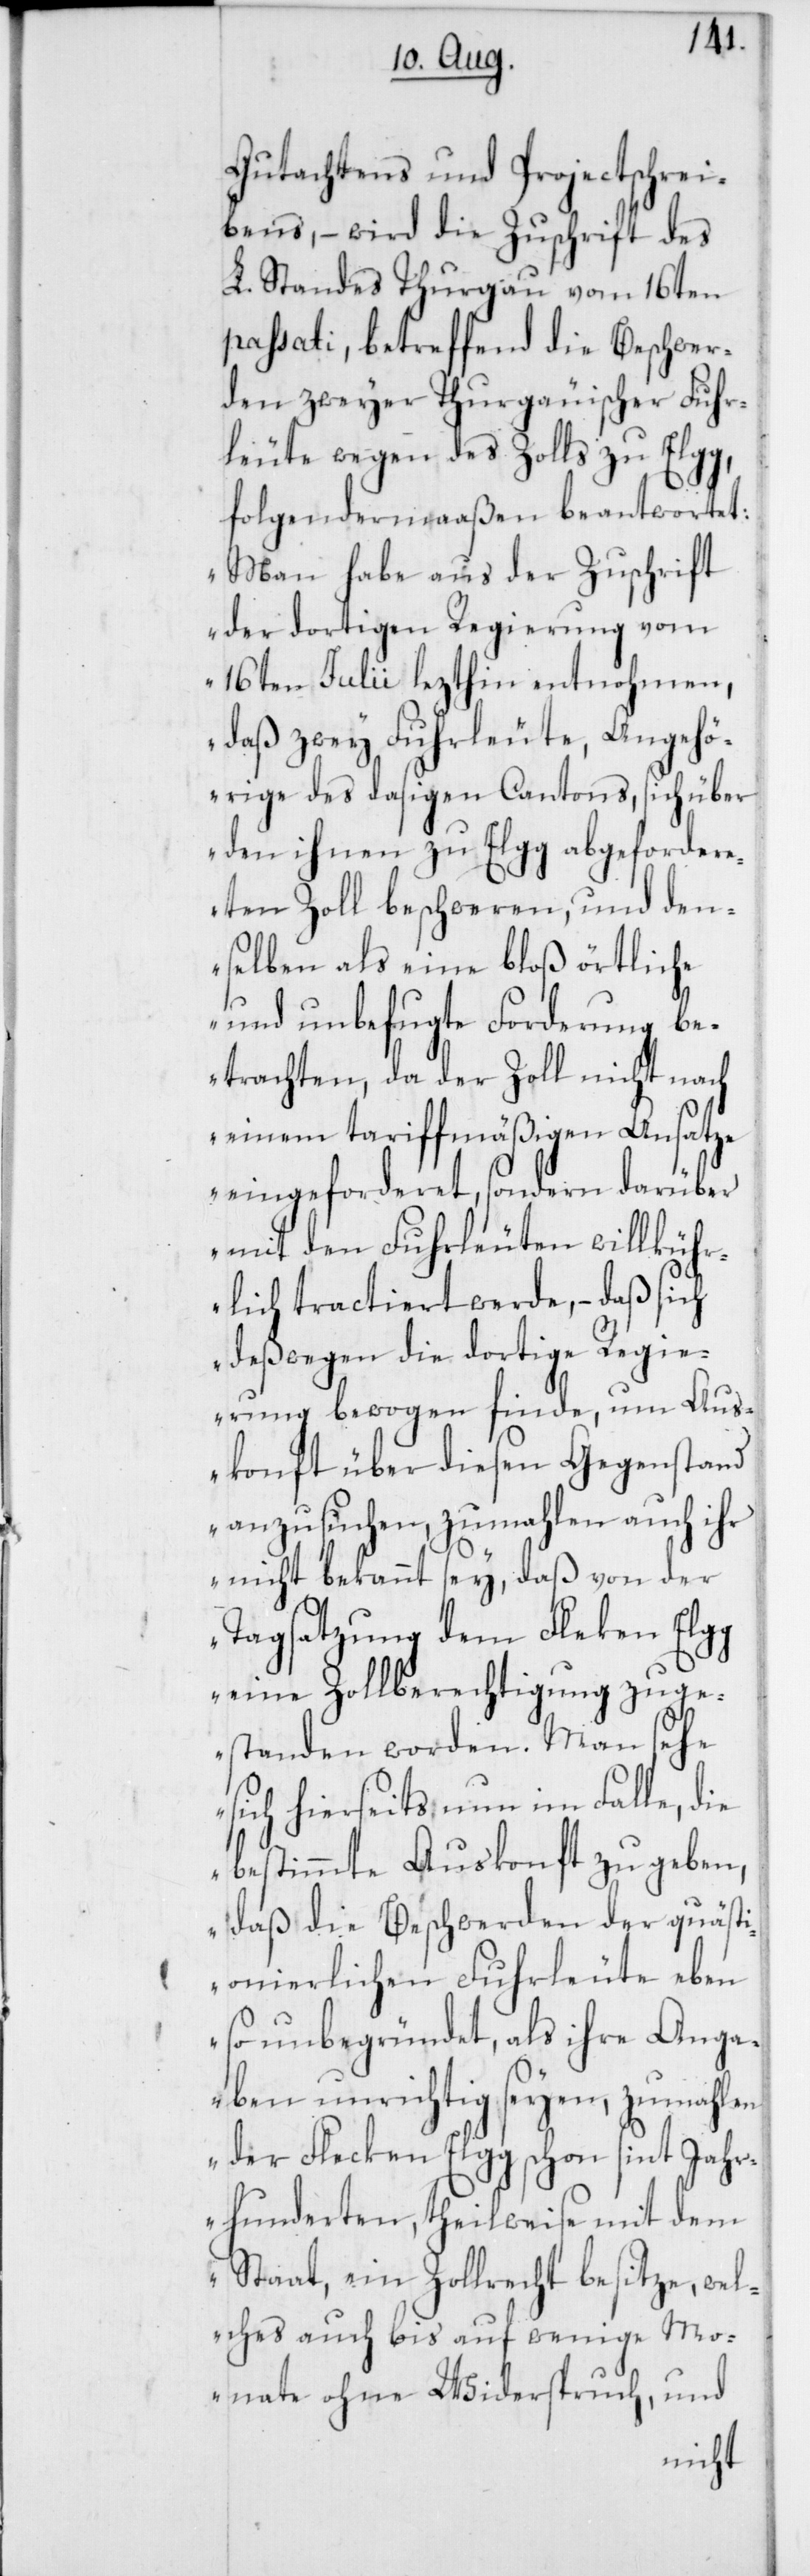
Gutachtens und Projectschrei¬
bens, – wird die Zuschrift des
L. Standes Thurgau vom 16ten
passati, betreffend die Beschwer¬
den zweyer thurgauischer Fuhr¬
leute wegen des Zolls zu Elgg,
folgendermaaßen beantwortet:
„Man habe aus der Zuschrift
der dortigen Regierung vom
16ten Julii lezthin entnohmen,
daß zwey Fuhrleute, Angehö¬
rige des dasigen Cantons, sich über
den ihnen zu Elgg abgeforder¬
eten Zoll beschweren, und den¬
selben als eine bloß örtliche
und unbefugte Forderung be¬
trachten, da der Zoll nicht nach
einem tariffmäßigen Ansatze
eingeforderet, sondern darüber
mit den Fuhrleuten willkühr¬
lich tractiert werde, – daß sich
deßwegen die dortige Regie¬
rung bewogen finde, um Aus¬
konft über diesen Gegenstand
anzusuchen, zumahlen auch ihr
nicht bekannt sey, daß von der
Tagsatzung dem Fleken Elgg
eine Zollberechtigung zuge¬
standen worden. Man sehe
sich hierseits nun im Falle, die
bestimmte Auskonft zu geben,
daß die Beschwerden der quästi¬
onierlichen Fuhrleute eben
so unbegründet, als ihre Anga¬
ben unrichtig seyen, zumahlen
der Flecken Elgg schon sint Jahr¬
hunderten, theilweise mit dem
Staat, ein Zollrecht besitze, wel¬
ches auch bis auf wenige Mo¬
nate ohne Widerspruch, und